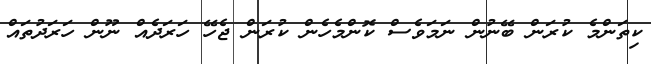
ކިތަންމެ ކުރަން ބޭނުން ނަމަވެސް ކޮންމެހެން ކުރަން ޖެހޭ ހަރަދެއް ނޫން ހަރަދުތައް